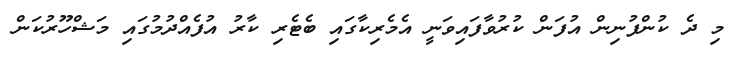
މި ދެ ކުންފުނިން އުފަން ކުރުވާފައިވަނީ އެމެރިކާގައި ބެޓެރި ކާރު އުފެއްދުމުގައި މަޝްހޫރުކަން